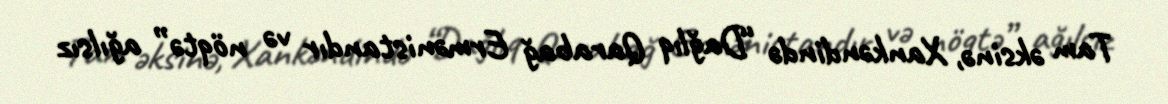
Tam əksinə, Xankəndində “Dağlıq Qarabağ Ermənistandır və nöqtə” ağılsız